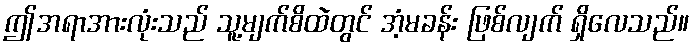
ဤအရာအားလုံးသည် သူ့မျက်စိထဲတွင် အံ့မခန်း ဖြစ်လျက် ရှိလေသည်။